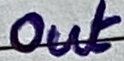
Text: Out